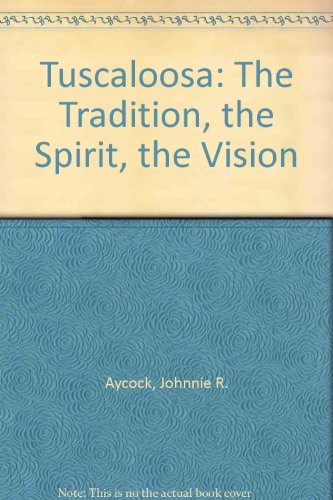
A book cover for Tuscaloosa: The Tradition, the Spirit, the Vision; Johnnie R. Aycock; Travel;